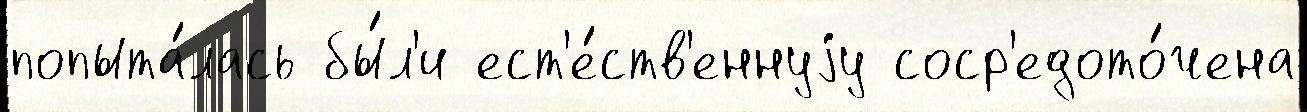
попыта́лась бы́л'и ест'е́ств'еннуjу соср'едото́чена